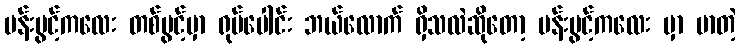
ပန်းပွင့်ကလေး တစ်ပွင့်မှာ ရုပ်ပေါင်း ဘယ်လောက် ရှိသလဲဆိုတော့ ပန်းပွင့်ကလေး မှာ မာတဲ့